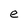
Character: e